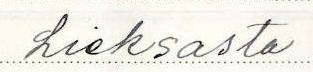
Lieksasta